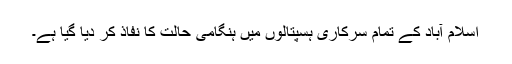
اسلام آباد کے تمام سرکاری ہسپتالوں میں ہنگامی حالت کا نفاذ کر دیا گیا ہے۔